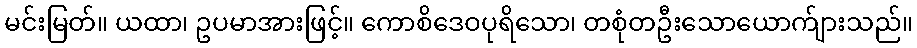
မင်းမြတ်။ ယထာ၊ ဥပမာအားဖြင့်။ ကောစိဒေဝပုရိသော၊ တစုံတဦးသောယောက်ျားသည်။